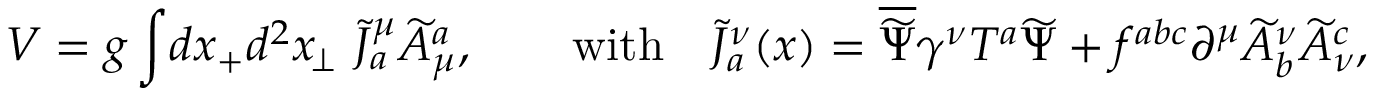
V = g \int \! d x _ { + } d ^ { 2 } x _ { \! \perp } \ \widetilde J _ { a } ^ { \mu } \widetilde A _ { \mu } ^ { a } , \qquad \mathrm { w i t h } \quad \widetilde J _ { a } ^ { \nu } ( x ) = \overline { { { \widetilde \Psi } } } \gamma ^ { \nu } T ^ { a } \widetilde \Psi + f ^ { a b c } \partial ^ { \mu } \widetilde A _ { b } ^ { \nu } \widetilde A _ { \nu } ^ { c } ,